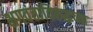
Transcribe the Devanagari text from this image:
भगवंतांविरुद्धच्या